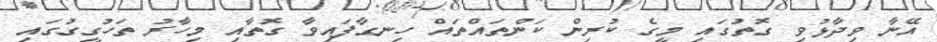
އޭނާ ވިދާޅުވި ގޮތުގައި މީގެ ކުރިން ކަންތައްތައް ހިނގާފައިވާ ގޮތާއި މިހާރު ތަހުގީގުގައި